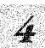
4